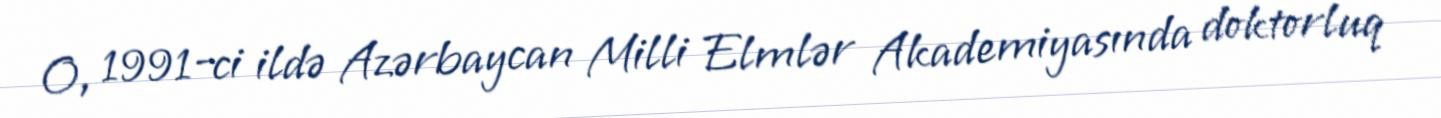
O, 1991-ci ildə Azərbaycan Milli Elmlər Akademiyasında doktorluq